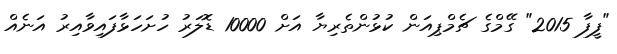
"ފީފާ 2015" ގޭމްގެ ޗެމްޕިއަން ކުޅުންތެރިޔާ އަށް 10000 ޑޮލަރު ހުށަހަޅާފައިވާއިރު އަނެއް